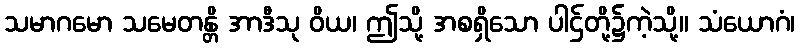
သမာဂမော သမေတန္တိ အာဒီသု ဝိယ၊ ဤသို့ အစရှိသော ပါဌ်တို့၌ကဲ့သို့။ သံယောဂံ၊